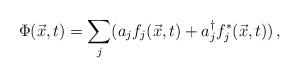
LaTeX: \begin{align*}\Phi (\vec{x},t)=\sum_{j}( a_jf_j(\vec{x},t)+a^\dagger_jf^*_j(\vec{x},t))\, ,\end{align*}